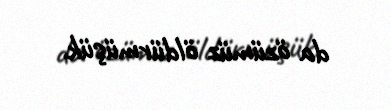
da özümüz öldürmüşük.